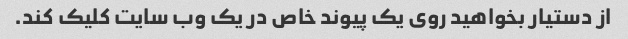
از دستیار بخواهید روی یک پیوند خاص در یک وب سایت کلیک کند.